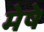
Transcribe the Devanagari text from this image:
मेषे